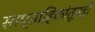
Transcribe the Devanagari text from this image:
साप्ताहिकांतूनही